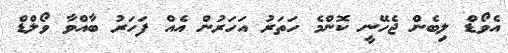
އެވޯޑް ލިބެން ޖެހޭނީ ކޮންމެ ހަތަރު އަހަރުން އެއް ފަހަރު ބާއްވާ ވޯލްޑް